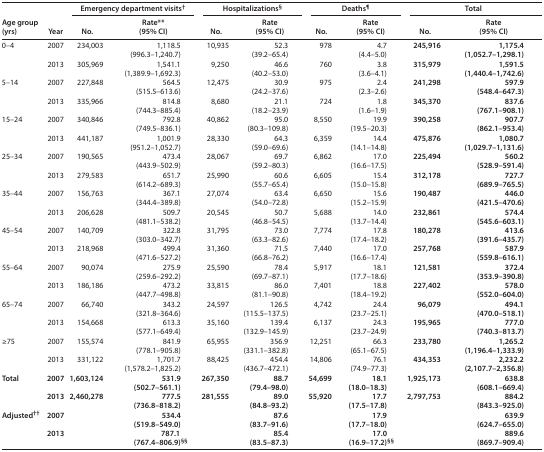
<table><thead><tr><td rowspan="2"><b>Age group (yrs)</b></td><td rowspan="2"><b>Year</b></td><td colspan="2"><b>Emergency department visits<sup>†</sup></b></td><td colspan="2"><b>Hospitalizations<sup>§</sup></b></td><td colspan="2"><b>Deaths<sup>¶</sup></b></td><td colspan="2"><b>Total</b></td></tr><tr><td><b>No.</b></td><td><b>Rate** (95% CI)</b></td><td><b>No.</b></td><td><b>Rate (95% CI)</b></td><td><b>No.</b></td><td><b>Rate (95% CI)</b></td><td><b>No.</b></td><td><b>Rate (95% CI)</b></td></tr></thead><tbody><tr><td rowspan="2">0–4</td><td>2007</td><td>234,003</td><td>1,118.5 (996.3–1,240.7)</td><td>10,935</td><td>52.3 (39.2–65.4)</td><td>978</td><td>4.7 (4.4–5.0)</td><td><b>245,916</b></td><td><b>1,175.4 (1,052.7–1,298.1)</b></td></tr><tr><td>2013</td><td>305,969</td><td>1,541.1 (1,389.9–1,692.3)</td><td>9,250</td><td>46.6 (40.2–53.0)</td><td>760</td><td>3.8 (3.6–4.1)</td><td><b>315,979</b></td><td><b>1,591.5 (1,440.4–1,742.6)</b></td></tr><tr><td rowspan="2">5–14</td><td>2007</td><td>227,848</td><td>564.5 (515.5–613.6)</td><td>12,475</td><td>30.9 (24.2–37.6)</td><td>975</td><td>2.4 (2.3–2.6)</td><td><b>241,298</b></td><td><b>597.9 (548.4–647.3)</b></td></tr><tr><td>2013</td><td>335,966</td><td>814.8 (744.3–885.4)</td><td>8,680</td><td>21.1 (18.2–23.9)</td><td>724</td><td>1.8 (1.6–1.9)</td><td><b>345,370</b></td><td><b>837.6 (767.1–908.1)</b></td></tr><tr><td rowspan="2">15–24</td><td>2007</td><td>340,846</td><td>792.8 (749.5–836.1)</td><td>40,862</td><td>95.0 (80.3–109.8)</td><td>8,550</td><td>19.9 (19.5–20.3)</td><td><b>390,258</b></td><td><b>907.7 (862.1–953.4)</b></td></tr><tr><td>2013</td><td>441,187</td><td>1,001.9 (951.2–1,052.7)</td><td>28,330</td><td>64.3 (59.0–69.6)</td><td>6,359</td><td>14.4 (14.1–14.8)</td><td><b>475,876</b></td><td><b>1,080.7 (1,029.7–1,131.6)</b></td></tr><tr><td rowspan="2">25–34</td><td>2007</td><td>190,565</td><td>473.4 (443.9–502.9)</td><td>28,067</td><td>69.7 (59.2–80.3)</td><td>6,862</td><td>17.0 (16.6–17.5)</td><td><b>225,494</b></td><td><b>560.2 (528.9–591.4)</b></td></tr><tr><td>2013</td><td>279,583</td><td>651.7 (614.2–689.3)</td><td>25,990</td><td>60.6 (55.7–65.4)</td><td>6,605</td><td>15.4 (15.0–15.8)</td><td><b>312,178</b></td><td><b>727.7 (689.9–765.5)</b></td></tr><tr><td rowspan="2">35–44</td><td>2007</td><td>156,763</td><td>367.1 (344.4–389.8)</td><td>27,074</td><td>63.4 (54.0–72.8)</td><td>6,650</td><td>15.6 (15.2–15.9)</td><td><b>190,487</b></td><td><b>446.0 (421.5–470.6)</b></td></tr><tr><td>2013</td><td>206,628</td><td>509.7 (481.1–538.2)</td><td>20,545</td><td>50.7 (46.8–54.5)</td><td>5,688</td><td>14.0 (13.7–14.4)</td><td><b>232,861</b></td><td><b>574.4 (545.6–603.1)</b></td></tr><tr><td rowspan="2">45–54</td><td>2007</td><td>140,709</td><td>322.8 (303.0–342.7)</td><td>31,795</td><td>73.0 (63.3–82.6)</td><td>7,774</td><td>17.8 (17.4–18.2)</td><td><b>180,278</b></td><td><b>413.6 (391.6–435.7)</b></td></tr><tr><td>2013</td><td>218,968</td><td>499.4 (471.6–527.2)</td><td>31,360</td><td>71.5 (66.8–76.2)</td><td>7,440</td><td>17.0 (16.6–17.4)</td><td><b>257,768</b></td><td><b>587.9 (559.8–616.1)</b></td></tr><tr><td rowspan="2">55–64</td><td>2007</td><td>90,074</td><td>275.9 (259.6–292.2)</td><td>25,590</td><td>78.4 (69.7–87.1)</td><td>5,917</td><td>18.1 (17.7–18.6)</td><td><b>121,581</b></td><td><b>372.4 (353.9–390.8)</b></td></tr><tr><td>2013</td><td>186,186</td><td>473.2 (447.7–498.8)</td><td>33,815</td><td>86.0 (81.1–90.8)</td><td>7,401</td><td>18.8 (18.4–19.2)</td><td><b>227,402</b></td><td><b>578.0 (552.0–604.0)</b></td></tr><tr><td rowspan="2">65–74</td><td>2007</td><td>66,740</td><td>343.2 (321.8–364.6)</td><td>24,597</td><td>126.5 (115.5–137.5)</td><td>4,742</td><td>24.4 (23.7–25.1)</td><td><b>96,079</b></td><td><b>494.1 (470.0–518.1)</b></td></tr><tr><td>2013</td><td>154,668</td><td>613.3 (577.1–649.4)</td><td>35,160</td><td>139.4 (132.9–145.9)</td><td>6,137</td><td>24.3 (23.7–24.9)</td><td><b>195,965</b></td><td><b>777.0 (740.3–813.7)</b></td></tr><tr><td rowspan="2">≥75</td><td>2007</td><td>155,574</td><td>841.9 (778.1–905.8)</td><td>65,955</td><td>356.9 (331.1–382.8)</td><td>12,251</td><td>66.3 (65.1–67.5)</td><td><b>233,780</b></td><td><b>1,265.2 (1,196.4–1,333.9)</b></td></tr><tr><td>2013</td><td>331,122</td><td>1,701.7 (1,578.2–1,825.2)</td><td>88,425</td><td>454.4 (436.7–472.1)</td><td>14,806</td><td>76.1 (74.9–77.3)</td><td><b>434,353</b></td><td><b>2,232.2 (2,107.7–2,356.8)</b></td></tr><tr><td rowspan="2"><b>Total</b></td><td><b>2007</b></td><td><b>1,603,124</b></td><td><b>531.9 (502.7–561.1)</b></td><td><b>267,350</b></td><td><b>88.7 (79.4–98.0)</b></td><td><b>54,699</b></td><td><b>18.1 (18.0–18.3)</b></td><td><b>1,925,173</b></td><td><b>638.8 (608.1–669.4)</b></td></tr><tr><td><b>2013</b></td><td><b>2,460,278</b></td><td><b>777.5 (736.8–818.2)</b></td><td><b>281,555</b></td><td><b>89.0 (84.8–93.2)</b></td><td><b>55,920</b></td><td><b>17.7 (17.5–17.8)</b></td><td><b>2,797,753</b></td><td><b>884.2 (843.3–925.0)</b></td></tr><tr><td rowspan="2"><b>Adjusted<sup>††</sup></b></td><td><b>2007</b></td><td colspan="2"><b>534.4 (519.8–549.0)</b></td><td colspan="2"><b>87.6 (83.7–91.6)</b></td><td colspan="2"><b>17.9 (17.7–18.0)</b></td><td colspan="2"><b>639.9 (624.7–655.0)</b></td></tr><tr><td><b>2013</b></td><td colspan="2"><b>787.1 (767.4–806.9)<sup>§§</sup></b></td><td colspan="2"><b>85.4 (83.5–87.3)</b></td><td colspan="2"><b>17.0 (16.9–17.2)<sup>§§</sup></b></td><td colspan="2"><b>889.6 (869.7–909.4)</b></td></tr></tbody></table>